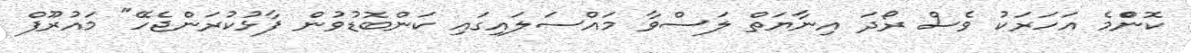
ކޮންްމެ އަހަރަކު ވެސް ރޯދަ އިނާޔަތް ލަސްވާ މައްސަލައިގައި ކަންބޮޑުވުން ފާޅުކުރަންޖެހޭ" މައުރޫފް